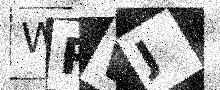
Text: WRWJ